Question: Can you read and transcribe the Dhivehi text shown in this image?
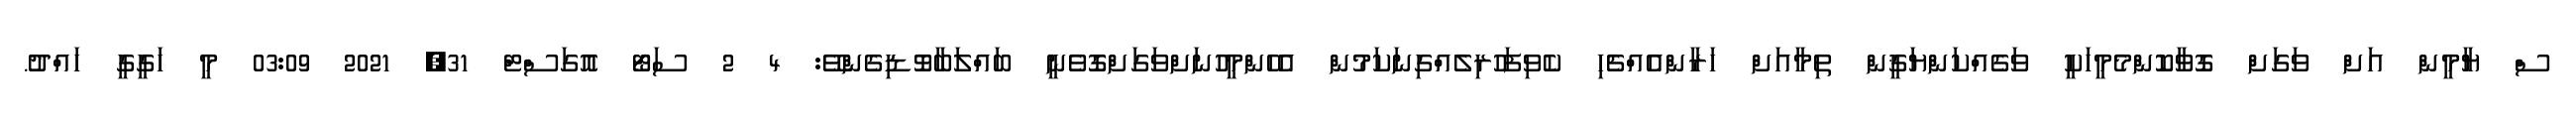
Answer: ސް ޔާމީން އަށް ވަގަށް ގޮވާކޮންމެމީހަކީ ވަގެއްކަންޔަޤީން ތިމާއަށް ހަރާންއެއްޗެހި ކެވިފަހުރިލެއްގިނަކަމުން އެހެންމީހުނަށްވަގަށްގޮވެނީ ބައްލަބާވޮޑިގެންވޭ: 4 2 ސަޓޯ އޮގަސްޓް 31, 2021 03:09 މީ ހަގީގީ ހައްދު.